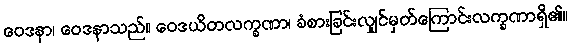
ဝေဒနာ၊ ဝေဒနာသည်။ ဝေဒယိတလက္ခဏာ၊ ခံစားခြင်းလျှင်မှတ်ကြောင်းလက္ခဏာရှိ၏။